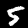
Digit: 5